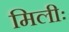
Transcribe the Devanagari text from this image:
मिलीः